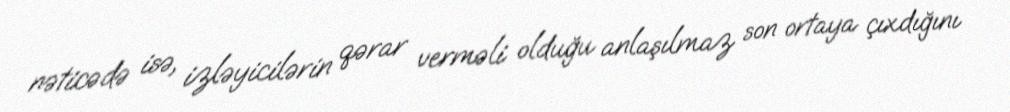
nəticədə isə, izləyicilərin qərar verməli olduğu anlaşılmaz son ortaya çıxdığını